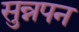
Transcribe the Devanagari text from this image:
सुन्नपन